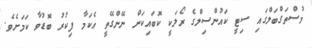
މުސްތަގްބަލްގައި ސިޓީ ކައުންސިލްގެ ރޯލަކީ ކޮބައިކަން ނޭންގޭތީ އެކަމާ ފިކުރު ބޮޑުވާ ކަމަށެވެ.